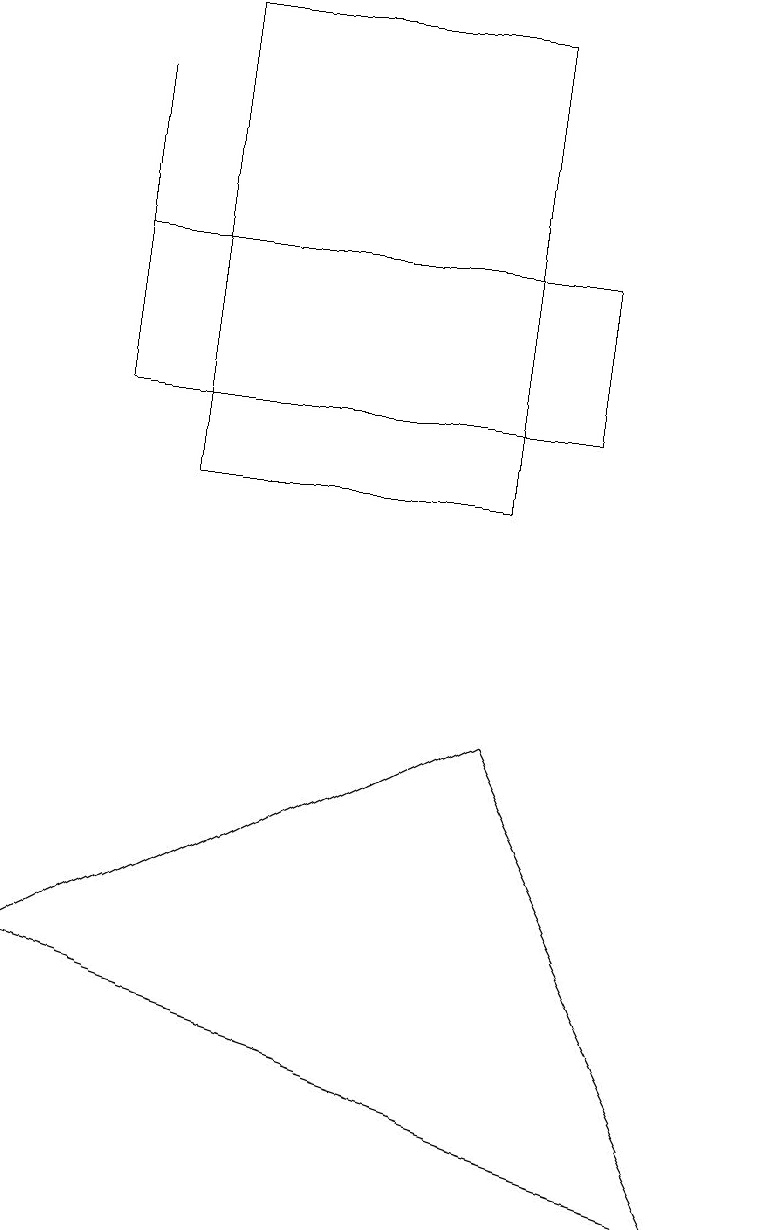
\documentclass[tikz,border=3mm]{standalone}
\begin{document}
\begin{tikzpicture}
\draw (1,15) rectangle (7,13);
\draw (1,17) rectangle (1,14);
\draw (6,9) -- (9,3) -- (0,6) -- cycle;
\draw (2,12) rectangle (6,18);
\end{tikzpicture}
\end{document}